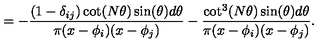
= - \frac { ( 1 - \delta _ { i j } ) \cot ( N \theta ) \sin ( \theta ) d \theta } { \pi ( x - \phi _ { i } ) ( x - \phi _ { j } ) } - \frac { \cot ^ { 3 } ( N \theta ) \sin ( \theta ) d \theta } { \pi ( x - \phi _ { i } ) ( x - \phi _ { j } ) } .